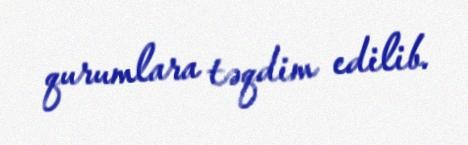
qurumlara təqdim edilib.